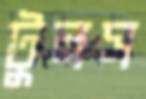
টুলস